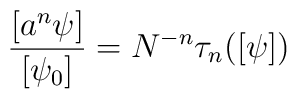
{[a^n\psi]\over [\psi_0]} =  N^{-n}  \tau_n([\psi])